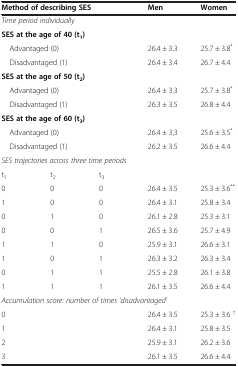
<table><thead><tr><td colspan="3"><b>Method of describing SES</b></td><td><b>Men</b></td><td><b>Women</b></td></tr></thead><tbody><tr><td colspan="3"><i>Time period individually</i></td><td> </td><td> </td></tr><tr><td colspan="3"><b>SES at the age of 40 (t</b><sub><b>1</b></sub><b>)</b></td><td> </td><td> </td></tr><tr><td colspan="3"> Advantaged (0)</td><td>26.4 ± 3.3</td><td>25.7 ± 3.8<sup>*</sup></td></tr><tr><td colspan="3"> Disadvantaged (1)</td><td>26.4 ± 3.4</td><td>26.7 ± 4.4</td></tr><tr><td colspan="3"><b>SES at the age of 50 (t</b><sub><b>2</b></sub><b>)</b></td><td> </td><td> </td></tr><tr><td colspan="3"> Advantaged (0)</td><td>26.4 ± 3.3</td><td>25.7 ± 3.8<sup>*</sup></td></tr><tr><td colspan="3"> Disadvantaged (1)</td><td>26.3 ± 3.5</td><td>26.8 ± 4.4</td></tr><tr><td colspan="3"><b>SES at the age of 60 (t</b><sub><b>3</b></sub><b>)</b></td><td> </td><td> </td></tr><tr><td colspan="3"> Advantaged (0)</td><td>26.4 ± 3,3</td><td>25.6 ± 3.5<sup>*</sup></td></tr><tr><td colspan="3"> Disadvantaged (1)</td><td>26.2 ± 3.5</td><td>26.6 ± 4.4</td></tr><tr><td colspan="4"><i>SES trajectories across three time periods</i></td><td> </td></tr><tr><td>t<sub>1</sub></td><td>t<sub>2</sub></td><td>t<sub>3</sub></td><td> </td><td> </td></tr><tr><td>0</td><td>0</td><td>0</td><td>26.4 ± 3.5</td><td>25.3 ± 3.6<sup>**</sup></td></tr><tr><td>1</td><td>0</td><td>0</td><td>26.4 ± 3.1</td><td>25.8 ± 3.4</td></tr><tr><td>0</td><td>1</td><td>0</td><td>26.1 ± 2.8</td><td>25.3 ± 3.1</td></tr><tr><td>0</td><td>0</td><td>1</td><td>26.5 ± 3.6</td><td>25.7 ± 4.9</td></tr><tr><td>1</td><td>1</td><td>0</td><td>25.9 ± 3.1</td><td>26.6 ± 3.1</td></tr><tr><td>1</td><td>0</td><td>1</td><td>26.3 ± 3.2</td><td>26.3 ± 3.4</td></tr><tr><td>0</td><td>1</td><td>1</td><td>25.5 ± 2.8</td><td>26.1 ± 3.8</td></tr><tr><td>1</td><td>1</td><td>1</td><td>26.1 ± 3.5</td><td>26.6 ± 4.4</td></tr><tr><td colspan="5"><i>Accumulation score: number of times ‘disadvantaged’</i></td></tr><tr><td colspan="3">0</td><td>26.4 ± 3.5</td><td>25.3 ± 3.6 <sup>†</sup></td></tr><tr><td colspan="3">1</td><td>26.4 ± 3.1</td><td>25.8 ± 3.5</td></tr><tr><td colspan="3">2</td><td>25.9 ± 3.1</td><td>26.2 ± 3.6</td></tr><tr><td colspan="3">3</td><td>26.1 ± 3.5</td><td>26.6 ± 4.4</td></tr></tbody></table>